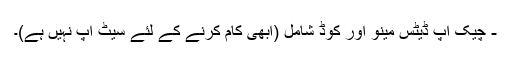
- چیک اپ ڈیٹس مینو اور کوڈ شامل (ابھی کام کرنے کے لئے سیٹ اپ نہیں ہے)۔